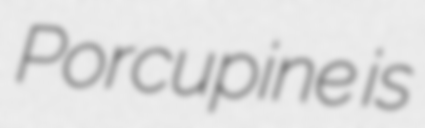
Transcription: Porcupine is